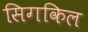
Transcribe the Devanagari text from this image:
सिगकिल